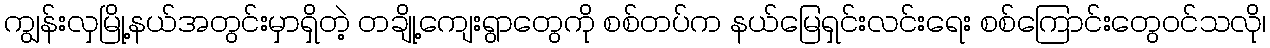
ကျွန်းလှမြို့နယ်အတွင်းမှာရှိတဲ့ တချို့ကျေးရွာတွေကို စစ်တပ်က နယ်မြေရှင်းလင်းရေး စစ်ကြောင်းတွေဝင်သလို၊